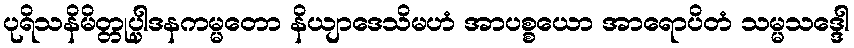
ပုရိသနိမိတ္တုပ္ပါဒနကမ္မတော နိယျာဒေသိမဟံ အာပစ္စယော အာရောပိတံ သမ္မသဒ္ဒေါ